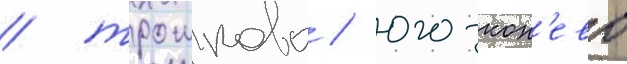
/ трошково / юго-кон'ево